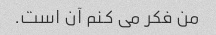
من فکر می کنم آن است.